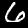
Label: 6